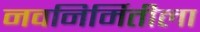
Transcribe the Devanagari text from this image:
नवनिर्मितीला